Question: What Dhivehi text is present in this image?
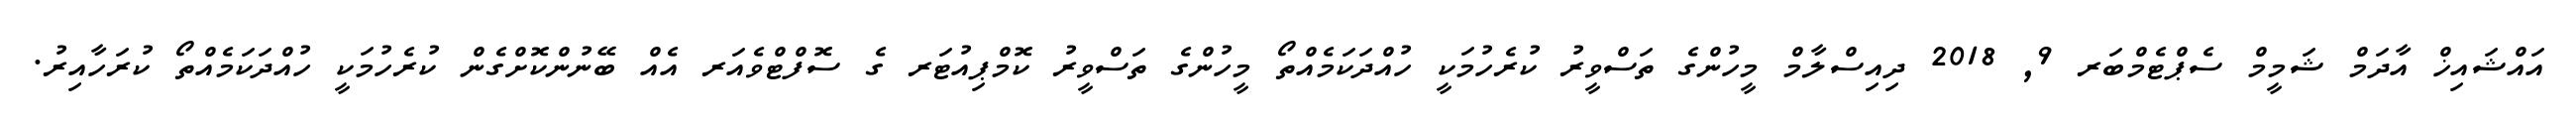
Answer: އައްޝައިޚް އާދަމް ޝަމީމް ސެޕްޓެމްބަރ 9, 2018 ދިއިސްލާމް މީހުންގެ ތަސްވީރު ކުރެހުމަކީ ހުއްދަކަމެއްތޯ މީހުންގެ ތަސްވީރު ކޮމްޕިއުޓަރ ގެ ސޮފްޓްވެއަރ އެއް ބޭނުންކޮށްގެން ކުރެހުމަކީ ހުއްދަކަމެއްތޯ ކުރަހާއިރު.